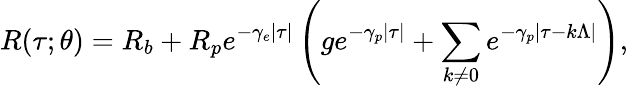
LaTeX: R(\tau;\theta)=R_{b}+R_{p}e^{-\gamma_{e}|\tau|}\left(ge^{-\gamma_{p}|\tau|}+\sum_{k\neq 0}e^{-\gamma_{p}|\tau-k\Lambda|}\right),